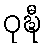
ဝုဍ္ဎီ